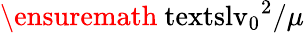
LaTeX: \ensuremath{\mathrm{\ textsl{v}}_{0}}^{2}/\mu